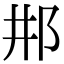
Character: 𨙷